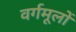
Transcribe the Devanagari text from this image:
वर्गमूलों